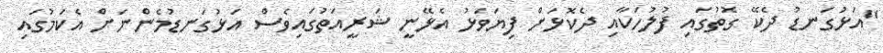
"އަޅުގަނޑު ދެކޭ ގޮތުގައި ފުލުހަކާއި ދެކޮޅަށް ފިޔަވަޅު އެޅޭނީ ޝަރީއަތުގައިވެސް އަޅުގަނޑުމެންނަށް އެކަމުގައި